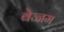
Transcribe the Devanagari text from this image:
बेज्जम